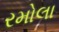
રમોલા